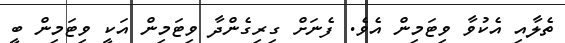
ތެލާއި އެކުވާ ވިޓަމިން އެވެ. ފެނަށް ގިރިގެންދާ ވިޓަމިން އަކީ ވިޓަމިން ބީ